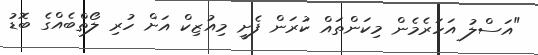
"އަސްލު އަހަރެމެން މިކަންތައް ކުރަން ފެށީ މިއުޒިކް އަށް ހުރި ލޯތްބެއްގެ ބޮޑު